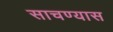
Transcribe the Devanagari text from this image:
साचण्यास